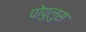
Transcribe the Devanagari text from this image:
पोपुलुस